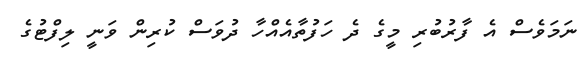
ނަމަވެސް އެ ފާރުބުރި މީގެ ދެ ހަފުތާއެއްހާ ދުވަސް ކުރިން ވަނީ ލިފްޓުގެ